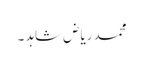
محمد ریاض شاہد ۔